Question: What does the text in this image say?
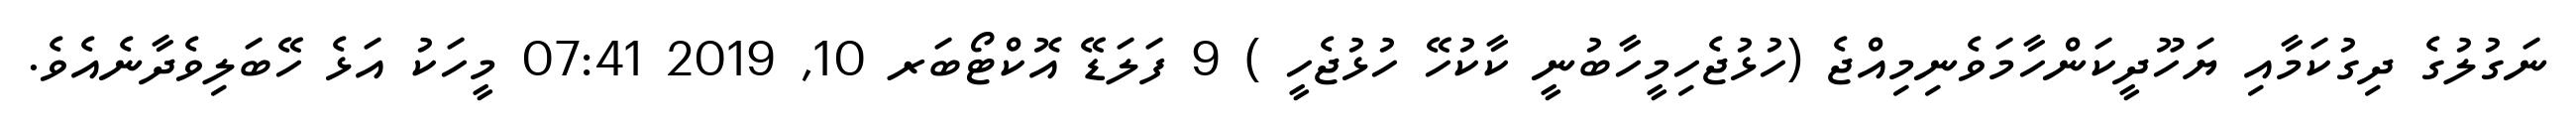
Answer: ނަގުލުގެ ދިގުކަމާއި ޔަހޫދީކަންހާމަވެނިމިއްޖެ (ހުޅުޖެހިމީހާބުނީ ކާކުހޭ ހުޅުޖެހީ ) 9 ފަލަޑޭ އޮކްޓޯބަރ 10, 2019 07:41 މީހަކު އަޅެ ހޭބަލިވެދާނެއެވެ.